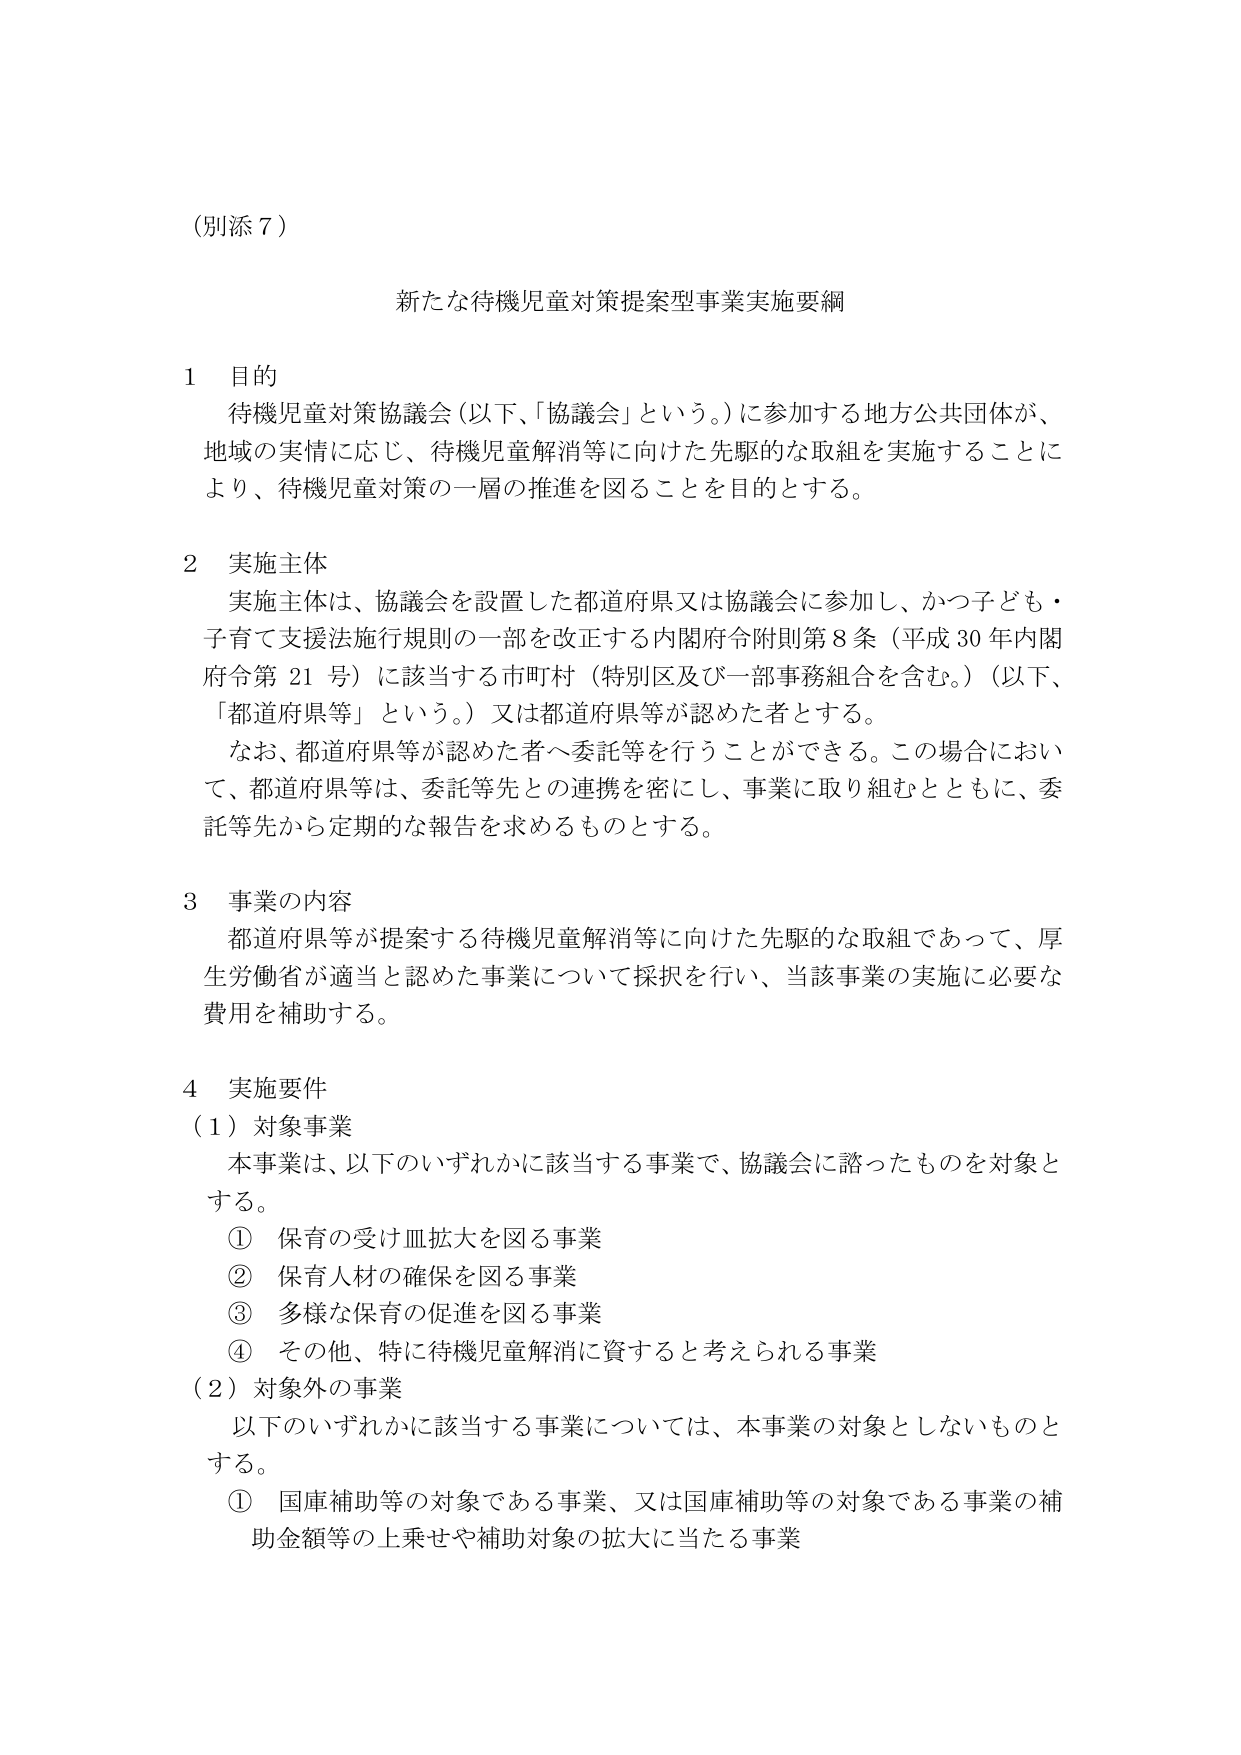
（別添７）

新たな待機児童対策提案型事業実施要綱

１ 目的
待機児童対策協議会（以下、「協議会」という。）に参加する地方公共団体が、
地域の実情に応じ、待機児童解消等に向けた先駆的な取組を実施することに
より、待機児童対策の一層の推進を図ることを目的とする。

２ 実施主体
実施主体は、協議会を設置した都道府県又は協議会に参加し、かつ子ども・
子育て支援法施行規則の一部を改正する内閣府令附則第８条（平成30年内閣
府令第21号）に該当する市町村（特別区及び一部事務組合を含む。）（以下、
「都道府県等」という。）又は都道府県等が認めた者とする。
なお、都道府県等が認めた者へ委託等を行うことができる。この場合におい
て、都道府県等は、委託等先との連携を密にし、事業に取り組むとともに、委
託等先から定期的な報告を求めるものとする。

３ 事業の内容
都道府県等が提案する待機児童解消等に向けた先駆的な取組であって、厚
生労働省が適当と認めた事業について採択を行い、当該事業の実施に必要な
費用を補助する。

４ 実施要件
（１）対象事業
本事業は、以下のいずれかに該当する事業で、協議会に諮ったものを対象と
する。
① 保育の受け皿拡大を図る事業
② 保育人材の確保を図る事業
③ 多様な保育の促進を図る事業
④ その他、特に待機児童解消に資すると考えられる事業
（２）対象外の事業
以下のいずれかに該当する事業については、本事業の対象としないものと
する。
① 国庫補助等の対象である事業、又は国庫補助等の対象である事業の補
助金額等の上乗せや補助対象の拡大に当たる事業